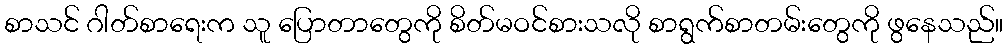
စာသင် ဂါတ်စာရေးက သူ ပြောတာတွေကို စိတ်မဝင်စားသလို စာရွက်စာတမ်းတွေကို ဖွနေသည်။